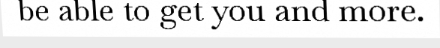
be able to get you and more.